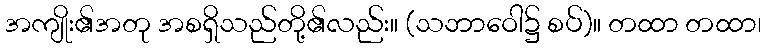
အကျိုး၏အတု အစရှိသည်တို့၏လည်း။ (သဘာဝေါ၌ စပ်)။ တထာ တထာ၊